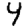
Digit: 4